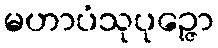
မဟာပံသုပုဉ္ဇော